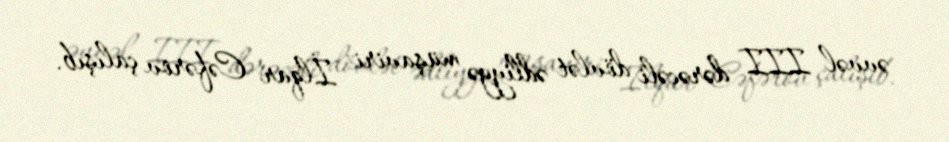
əvvəl III dərəcəli dövlət ədliyyə müşaviri İlqar Cəfərov çalışıb.